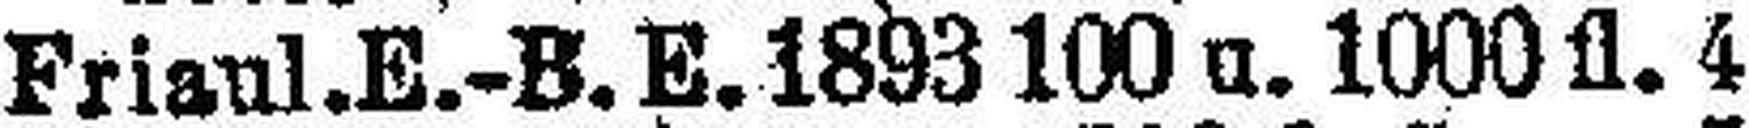
Friaul. E.-B. E. 1893 100 u. 1000 fl. 4